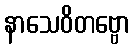
နာသေဝိတဗ္ဗော